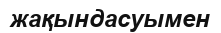
жақындасуымен